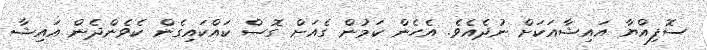
ސޮފިއްޔާ އައިޝާއަކަށް ނުދެއެވެ. އެހެން ކަމުން ގެއަަށް ގޮސް ކައްކައިގެން ކެވެންދެން އައިޝާ